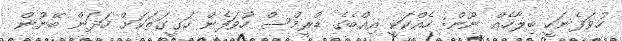
ހުވަފެނަކީ ބިލާހެއް ނޫން: ހެއްކަކީ އިއްބެގެ ޑްރީމްސް ހުވަފެން ހަގީގަތަކަށް ހަދަން ބޭނުން